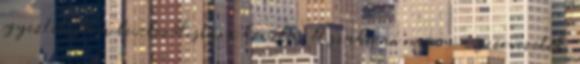
egyeztetésre a levelezőlistára került. A szakmai napon a szervezetek